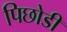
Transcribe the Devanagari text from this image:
पिछोडी